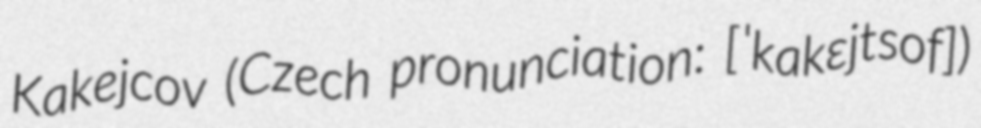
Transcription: Kakejcov (Czech pronunciation: [ˈkakɛjtsof])